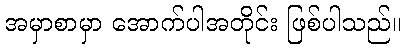
အမှာစာမှာ အောက်ပါအတိုင်း ဖြစ်ပါသည်။